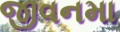
જીવનમા